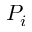
P _ { i }